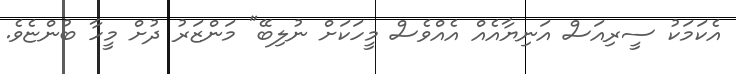
އެކަމަކު ސީރިއަސް އަނިޔާއެއް އެއްވެސް މީހަކަށް ނުލިބޭ" މަންޒަރު ދުށް މީހާ ބުންޏެވެ.